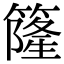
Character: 𥳌